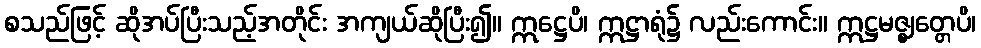
စသည်ဖြင့် ဆိုအပ်ပြီးသည့်အတိုင်း အကျယ်ဆိုပြီး၍။ ဣဋ္ဌေပိ၊ ဣဋ္ဌာရုံ၌ လည်းကောင်း။ ဣဋ္ဌမဇ္ဈတ္တေပိ၊